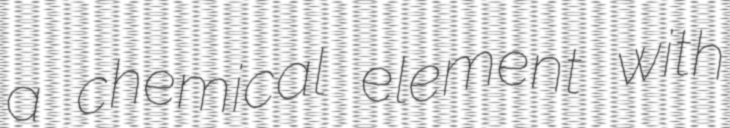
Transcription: a chemical element with